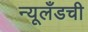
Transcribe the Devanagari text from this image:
न्यूलँडची